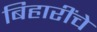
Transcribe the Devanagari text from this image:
बिहारींचे